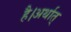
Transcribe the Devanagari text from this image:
है।अर्थात्